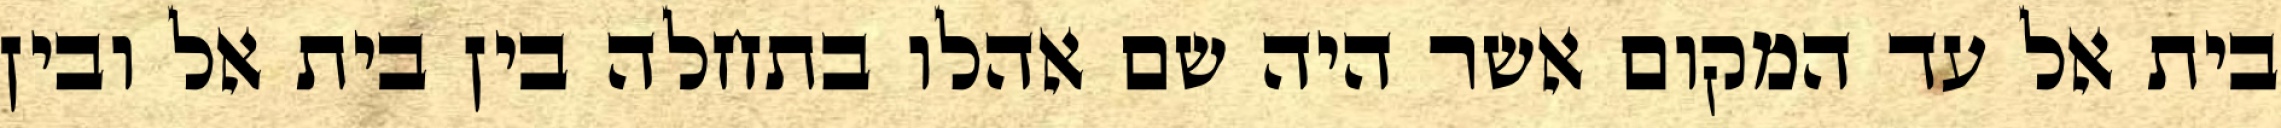
בית אל עד המקום אשר היה שם אהלו בתחלה בין בית אל ובין